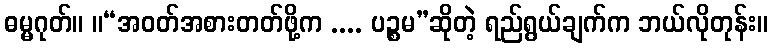
ဓမ္မဂုတ်။ ။“အဝတ်အစားတတ်ဖို့က .... ပဉ္စမ”ဆိုတဲ့ ရည်ရွယ်ချက်က ဘယ်လိုတုန်း။